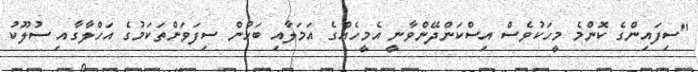
"ސިފައިންގެ ކޮންމެ މީހަކުވެސް އިސްކަންދޭންވާނީ އެމީހެއްގެ އަމަލާއި ބަހުން ސިފަވަންތަކަމުގެ އަހްލާގާއި ސުލޫކު